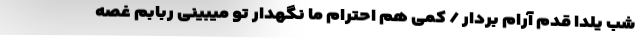
شب یلدا قدم آرام بردار / کمی هم احترام ما نگهدار تو میبینی ربابم غصه